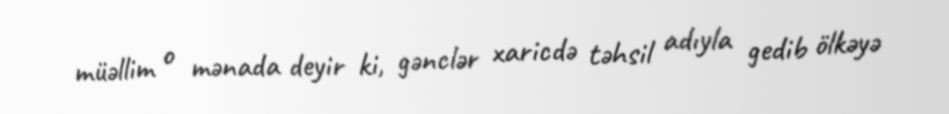
müəllim o mənada deyir ki, gənclər xaricdə təhsil adıyla gedib ölkəyə